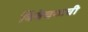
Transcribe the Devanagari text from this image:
विवेचनाची